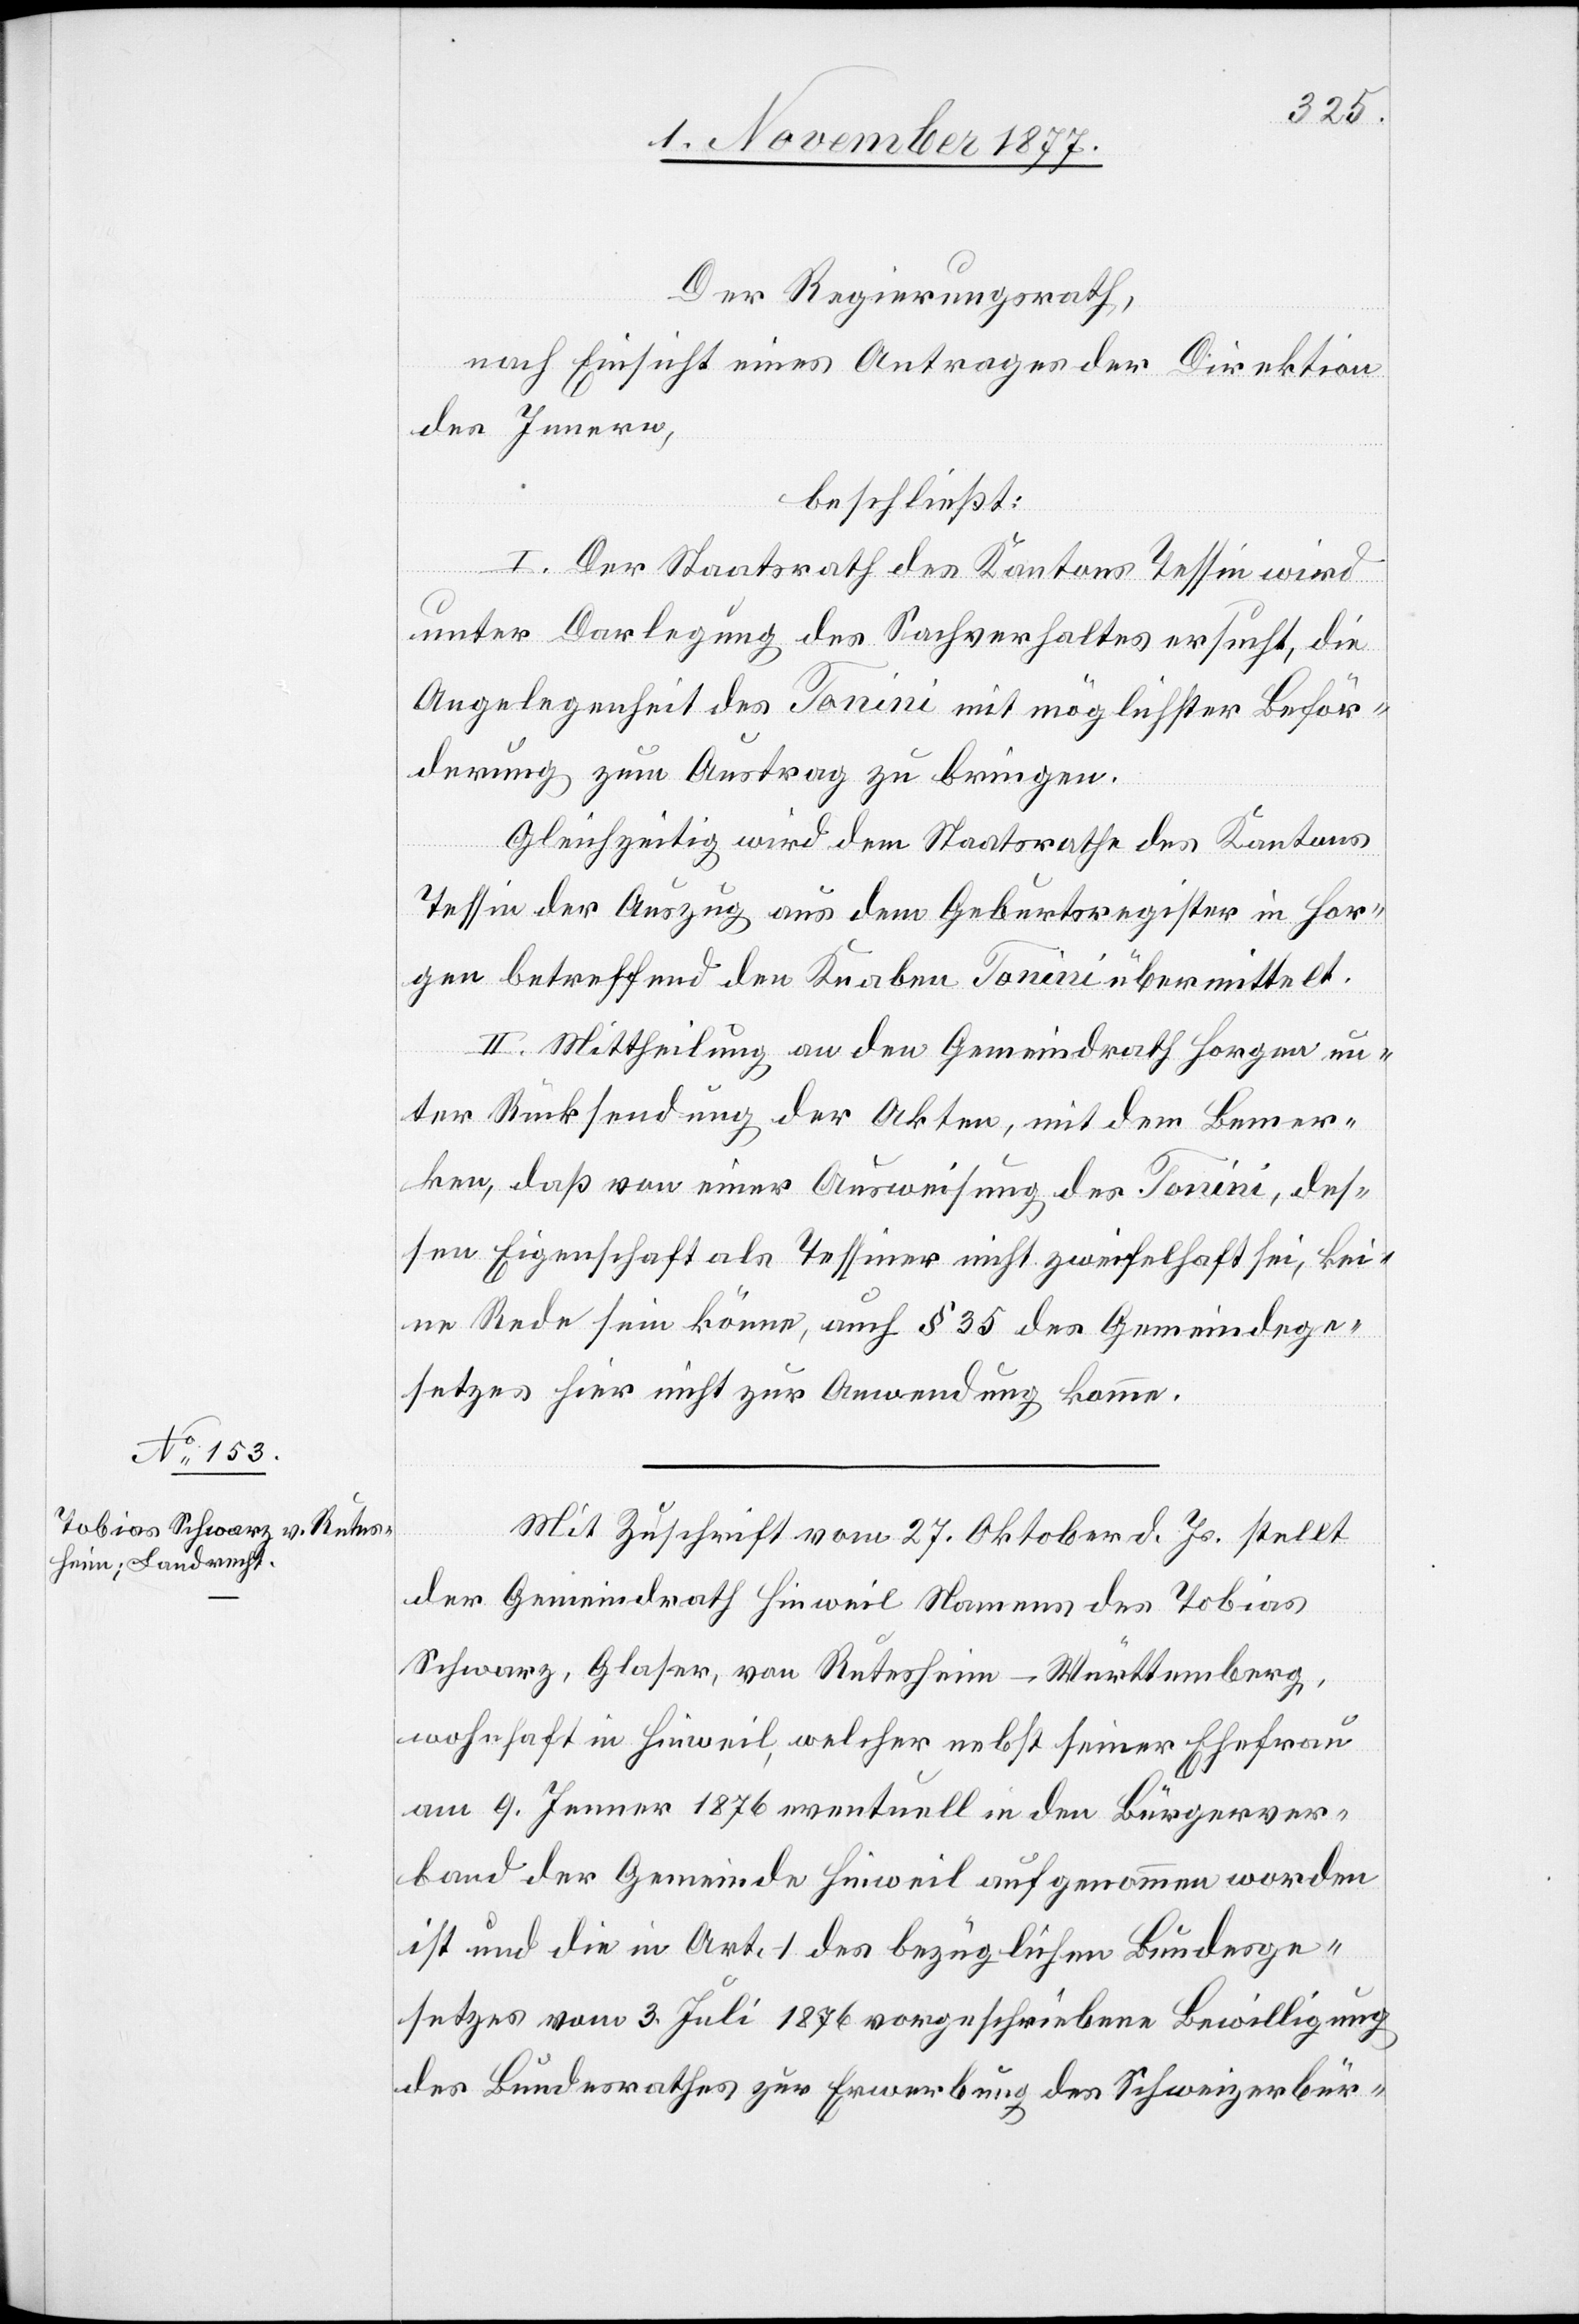
Der Regierungsrath,
nach Einsicht eines Antrages der Direktion
des Innern,
beschließt:
I. Der Staatsrath des Kantons Tessin wird
unter Darlegung des Sachverhaltes ersucht, die
Angelegenheit des Tonini mit möglichster Beför¬
derung zum Austrag zu bringen.
Gleichzeitig wird dem Staatsrathe des Kantons
Tessin der Auszug aus dem Geburtsregister in Hor¬
gen betreffend den Knaben Tonini übermittelt.
II. Mittheilung an den Gemeindrath Horgen un¬
ter Rücksendung der Akten, mit dem Bemer¬
ken, daß von einer Ausweisung des Tonini, des¬
sen Eigenschaft als Tessiner nicht zweifelhaft sei, kei¬
ne Rede sein könne, auch § 35 des Gemeindege¬
setzes hier nicht zur Anwendung komme.
Mit Zuschrift vom 27. Oktober d. Js. stellt
der Gemeindrath Hinweil Namens des Tobias
Schwarz, Glaser, von Rutesheim - Württemberg,
wohnhaft in Hinweil, welcher nebst seiner Ehefrau
am 9. Jenner 1876 eventuell in den Bürgerver¬
band der Gemeinde Hinweil aufgenommen worden
ist und die in Art. 1 des bezüglichen Bundesge¬
setzes vom 3. Juli 1876 vorgeschriebene Bewilligung
des Bundesrathes zur Erwerbung des Schweizerbür-